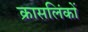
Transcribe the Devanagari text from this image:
क्रासलिंकों